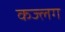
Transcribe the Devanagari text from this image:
कज्लग